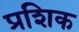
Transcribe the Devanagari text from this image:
प्रशिक